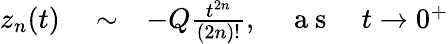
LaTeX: \begin{array}{rlr}{z_{n}(t)}&{{}\sim}&{-Q\frac{t^{2n}}{(2n)!},\quad\mathrm{~a~s~}\quad t\rightarrow 0^{+}}\end{array}